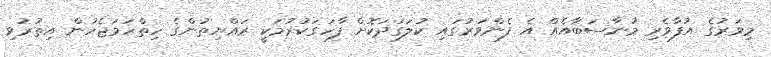
މިވަރުގެ އުފާވެރި މުނާސަބާއެއް އެ ފެންވަރުގައި ކުލަގަދަކޮށް ފާހަގަކުރުމަކީ ރައްޔިތުންގެ ހިތްހަމަޖެހުން އިތުރުވި